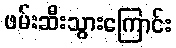
ဖမ်းဆီးသွားကြောင်း